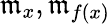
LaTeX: {\mathfrak{m}}_{x},{\mathfrak{m}}_{f(x)}